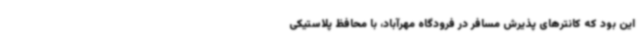
این بود که کانترهای پذیرش مسافر در فرودگاه مهرآباد، با محافظ پلاستیکی